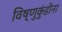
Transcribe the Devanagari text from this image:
विष्णुकुंडीना